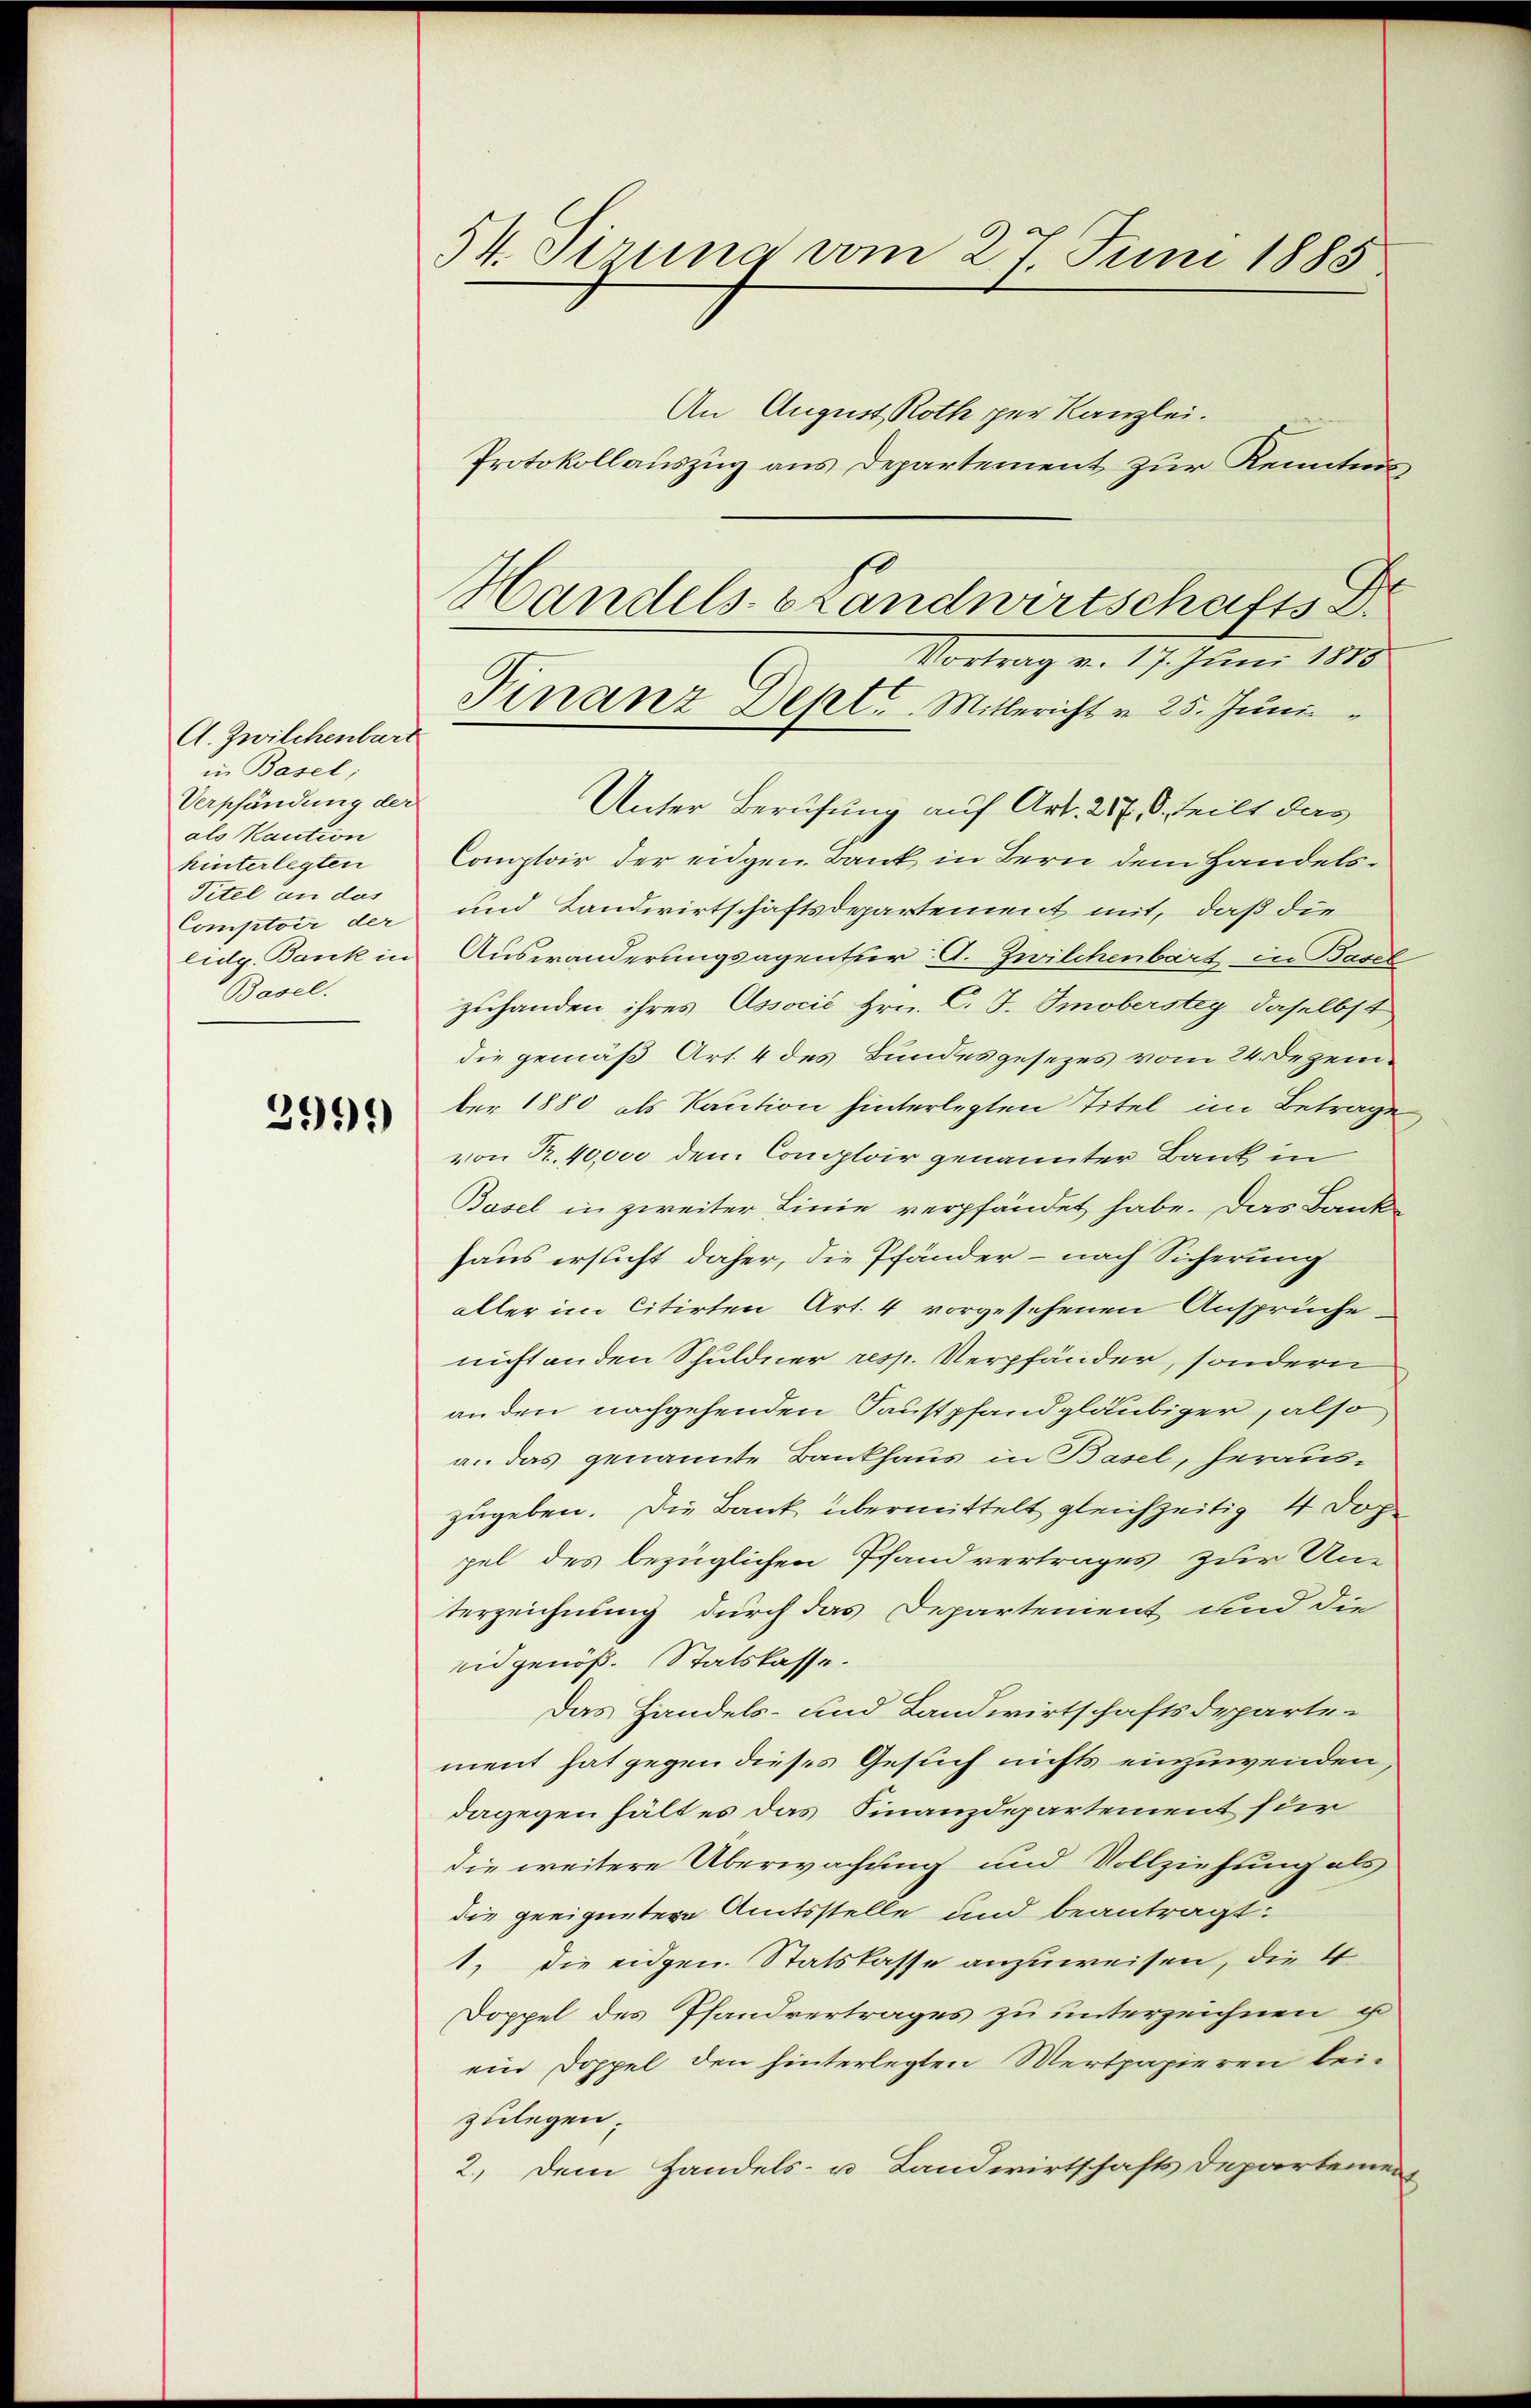
A. Zwilchenbar
in Basel;
Verpfändung der
als Kaution
hinterlegten
Titel an das
Comptoir der
lidg. Bank in
Basel.

3999

54. Sirung vom 27. Juni 1885
An August Roth per Kanzlei.
Protokollauszug aus Departement zur Kenntnis

Handels- & Landwirtschafts
Vortrag v. 17. Juni 1886
Finanz Dept. Mitbericht v. 25. Juni

Unter Berufung auf Art. 217. d. teilt das
Comptoir der eidgen. Bank in Bern dem Handels¬
und Landwirtschäftsdepartement mit, daß die
Auswanderungsagentur G. Zwilchenbart in Basel
zuhanden ihres Associé Hrn. C. J. Smoberstey daselbst
die gemäß Art. 4 des Bundesgesezes vom 24. Dezember 1880 als Kaution hinterlegten Titel im Betrage,
von R. 40,000 dem Comploir genannter Bank in
Basel in zweiter Linie verpfändet habe. Das Bank-
haus ersucht daher, die Pfänder - nach Sicherung
aller im Citirten Art. 4 vorgesehenen Ansprüche
nicht an den Schuldner resp. Verpfänder, sondern
anden nachgehenden Faustpfandgläubiger, also
a. das genannte Bankhaus in Basel, herauszugeben. Die Bank übermittelt gleichzeitig 4 Dop
pel des bezüglichen Pfandvertrages zur Un-
terzeichnung durch das Departement und die
eidgenöß. Statskasse.
Das Handels- und Landwirtschaftsdeparten
ment hat gegen dieses Gesuch nichts einzuwenden,
dagegen hält es das Finanzdepartement für
die weitere Überwachung und Vollziehung als
die geeignetern Amtsstelle und beantragt.
1., die eidgen. Statskasse anzuweisen, die 4
Doppel des Pfandvertrages zu unterzeichnen ist
ein Doppel den hinterlegten Wertpapieren beizulegen.
2.) Dem Handels- u Landwirtschafts Departement